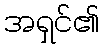
အရှင်၏